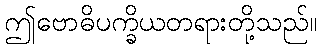
ဤဗောဓိပက္ခိယတရားတို့သည်။